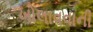
ખોલાવવાની